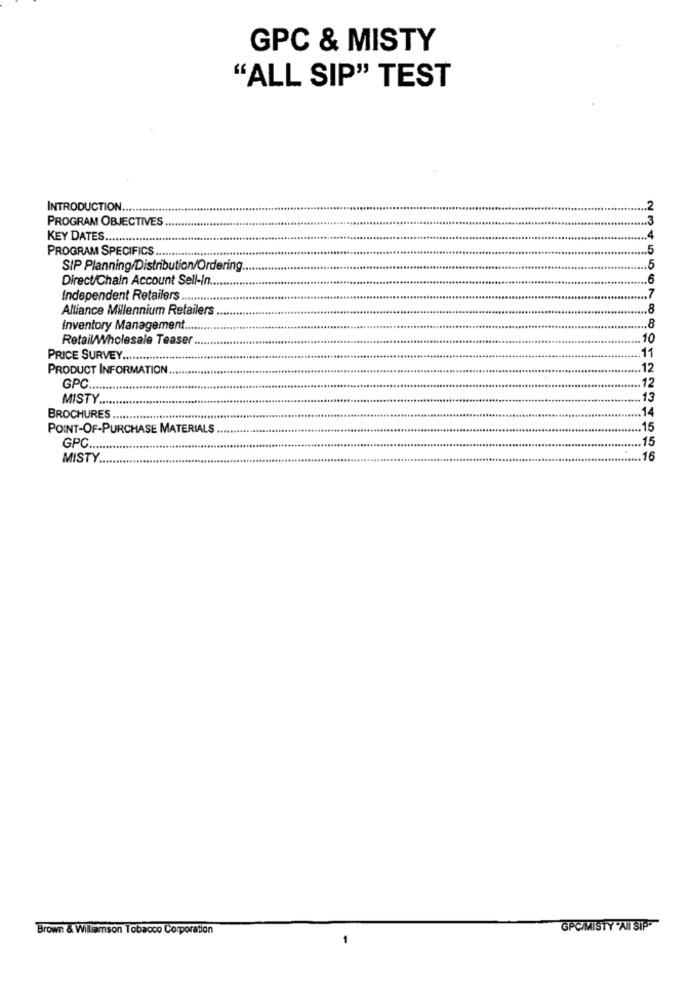
GPC & MISTY
"ALL SIP" TEST
INTRODUCTION ..........
.2
PROGRAM OBJECTIVES
3
KEY DATES.
PROGRAM SPECIFICS
.5
SIP Planning/Distribution/Ordering
.5
Direct/Chain Account Sell-In.
.6
.7
Independent Retailers ...........
Alliance Millennium Retailers
8
.8
Inventory Management.
Retail/Wholesale Teaser
10
11
PRICE SURVEY ...
PRODUCT INFORMATION
12
GPC ........
12
MISTY ....
13
14
BROCHURES ...
POINT-OF-PURCHASE MATERIALS
... 15
... 15
GPC.
MISTY
16
Brown & Williamson Tobacco Corporation
GPC/MISTY "AI SIP-